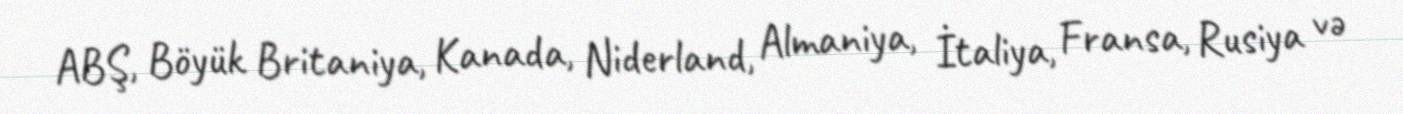
ABŞ, Böyük Britaniya, Kanada, Niderland, Almaniya, İtaliya, Fransa, Rusiya və